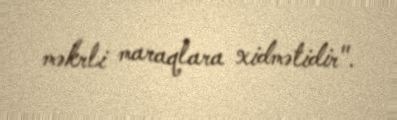
məkrli maraqlara xidmətidir".